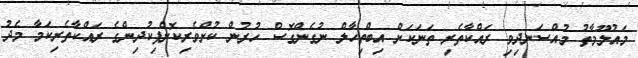
މައުލޫމާތު މުއްސަނދިވި ރައްކާތެރި ތަނަކަށް އިބްތިހާލް ނުގެންގޮސް ހުރުން ކުށްވެރިކޮށްފިކުދިންގެ ރައްކާތެރިކަމާ މެދު